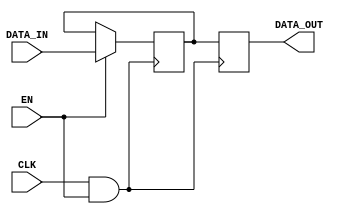
module memory_block (
    input wire CLK,         // Main clock signal
    input wire EN,          // Enable signal
    input wire [7:0] DATA_IN, // Data input for the memory block
    output reg [7:0] DATA_OUT // Data output from the memory block
);

// Memory storage (example: 256 x 8-bit memory)
reg [7:0] memory [0:255];

// Gated clock signal
wire GCLK;

// Clock gating logic: AND gate to combine CLK and EN
assign GCLK = CLK & EN;

// Memory operation
always @(posedge GCLK) begin
    // Memory write operation (example)
    if (EN) begin
        memory[0] <= DATA_IN; // Write DATA_IN to memory address 0
    end
end

// Memory read operation (example)
always @(posedge GCLK) begin
    DATA_OUT <= memory[0]; // Read from memory address 0
end

endmodule